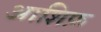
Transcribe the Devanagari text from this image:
आशिफ़